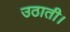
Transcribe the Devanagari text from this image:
उठाती।